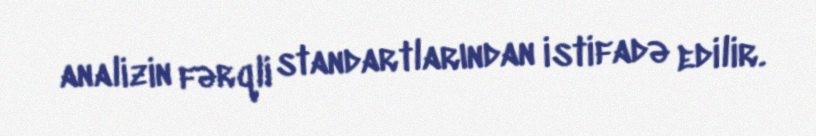
analizin fərqli standartlarından istifadə edilir.